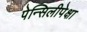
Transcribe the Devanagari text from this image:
पेन्सिलीपेक्षा